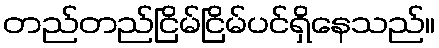
တည်တည်ငြိမ်ငြိမ်ပင်ရှိနေသည်။